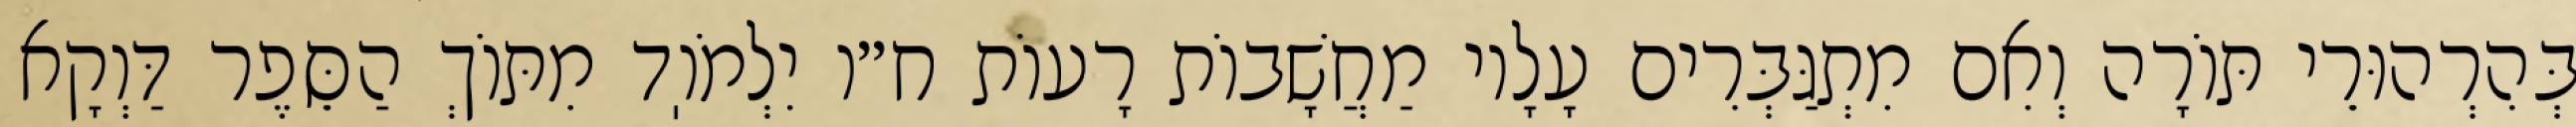
בְּהִרְהוּרֵי תּוֹרָה וְאִם מִתְגַּבְּרִים עָלָיו מַחֲשָׁבוֹת רָעוֹת ח״ו יִלְמֹוֽד מִתּוֹךְ הַסֵּפֶר דַּוְקָא